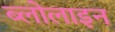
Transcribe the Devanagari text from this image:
ब्लोलाइन